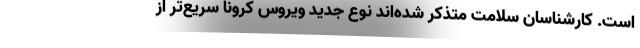
است. کارشناسان سلامت متذکر شده‌اند نوع جدید ویروس کرونا سریع‌تر از